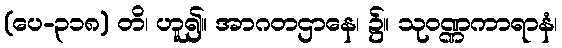
(ပေ-၃၁၈) တိ၊ ဟူ၍။ အာဂတဌာနေ၊ ၌။ သုဝဏ္ဏကာရာနံ၊